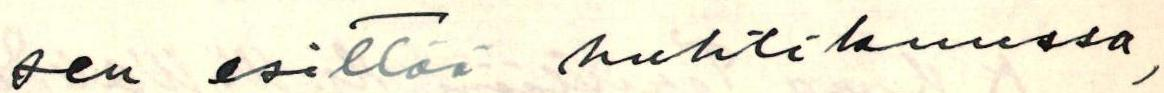
sen esittää huhtikuussa,